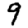
Digit: 9